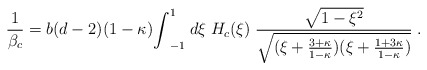
\begin{align*}{1 \over \beta_c } = b ( d-2 )(1-\kappa) {\int}_{-1}^{1} \; d\xi \; H_c(\xi) \; { \sqrt{1-\xi^2} \over \sqrt{(\xi + \frac{3+\kappa}{1-\kappa}) (\xi +\frac{1+3 \kappa}{1-\kappa})} } \;.\end{align*}